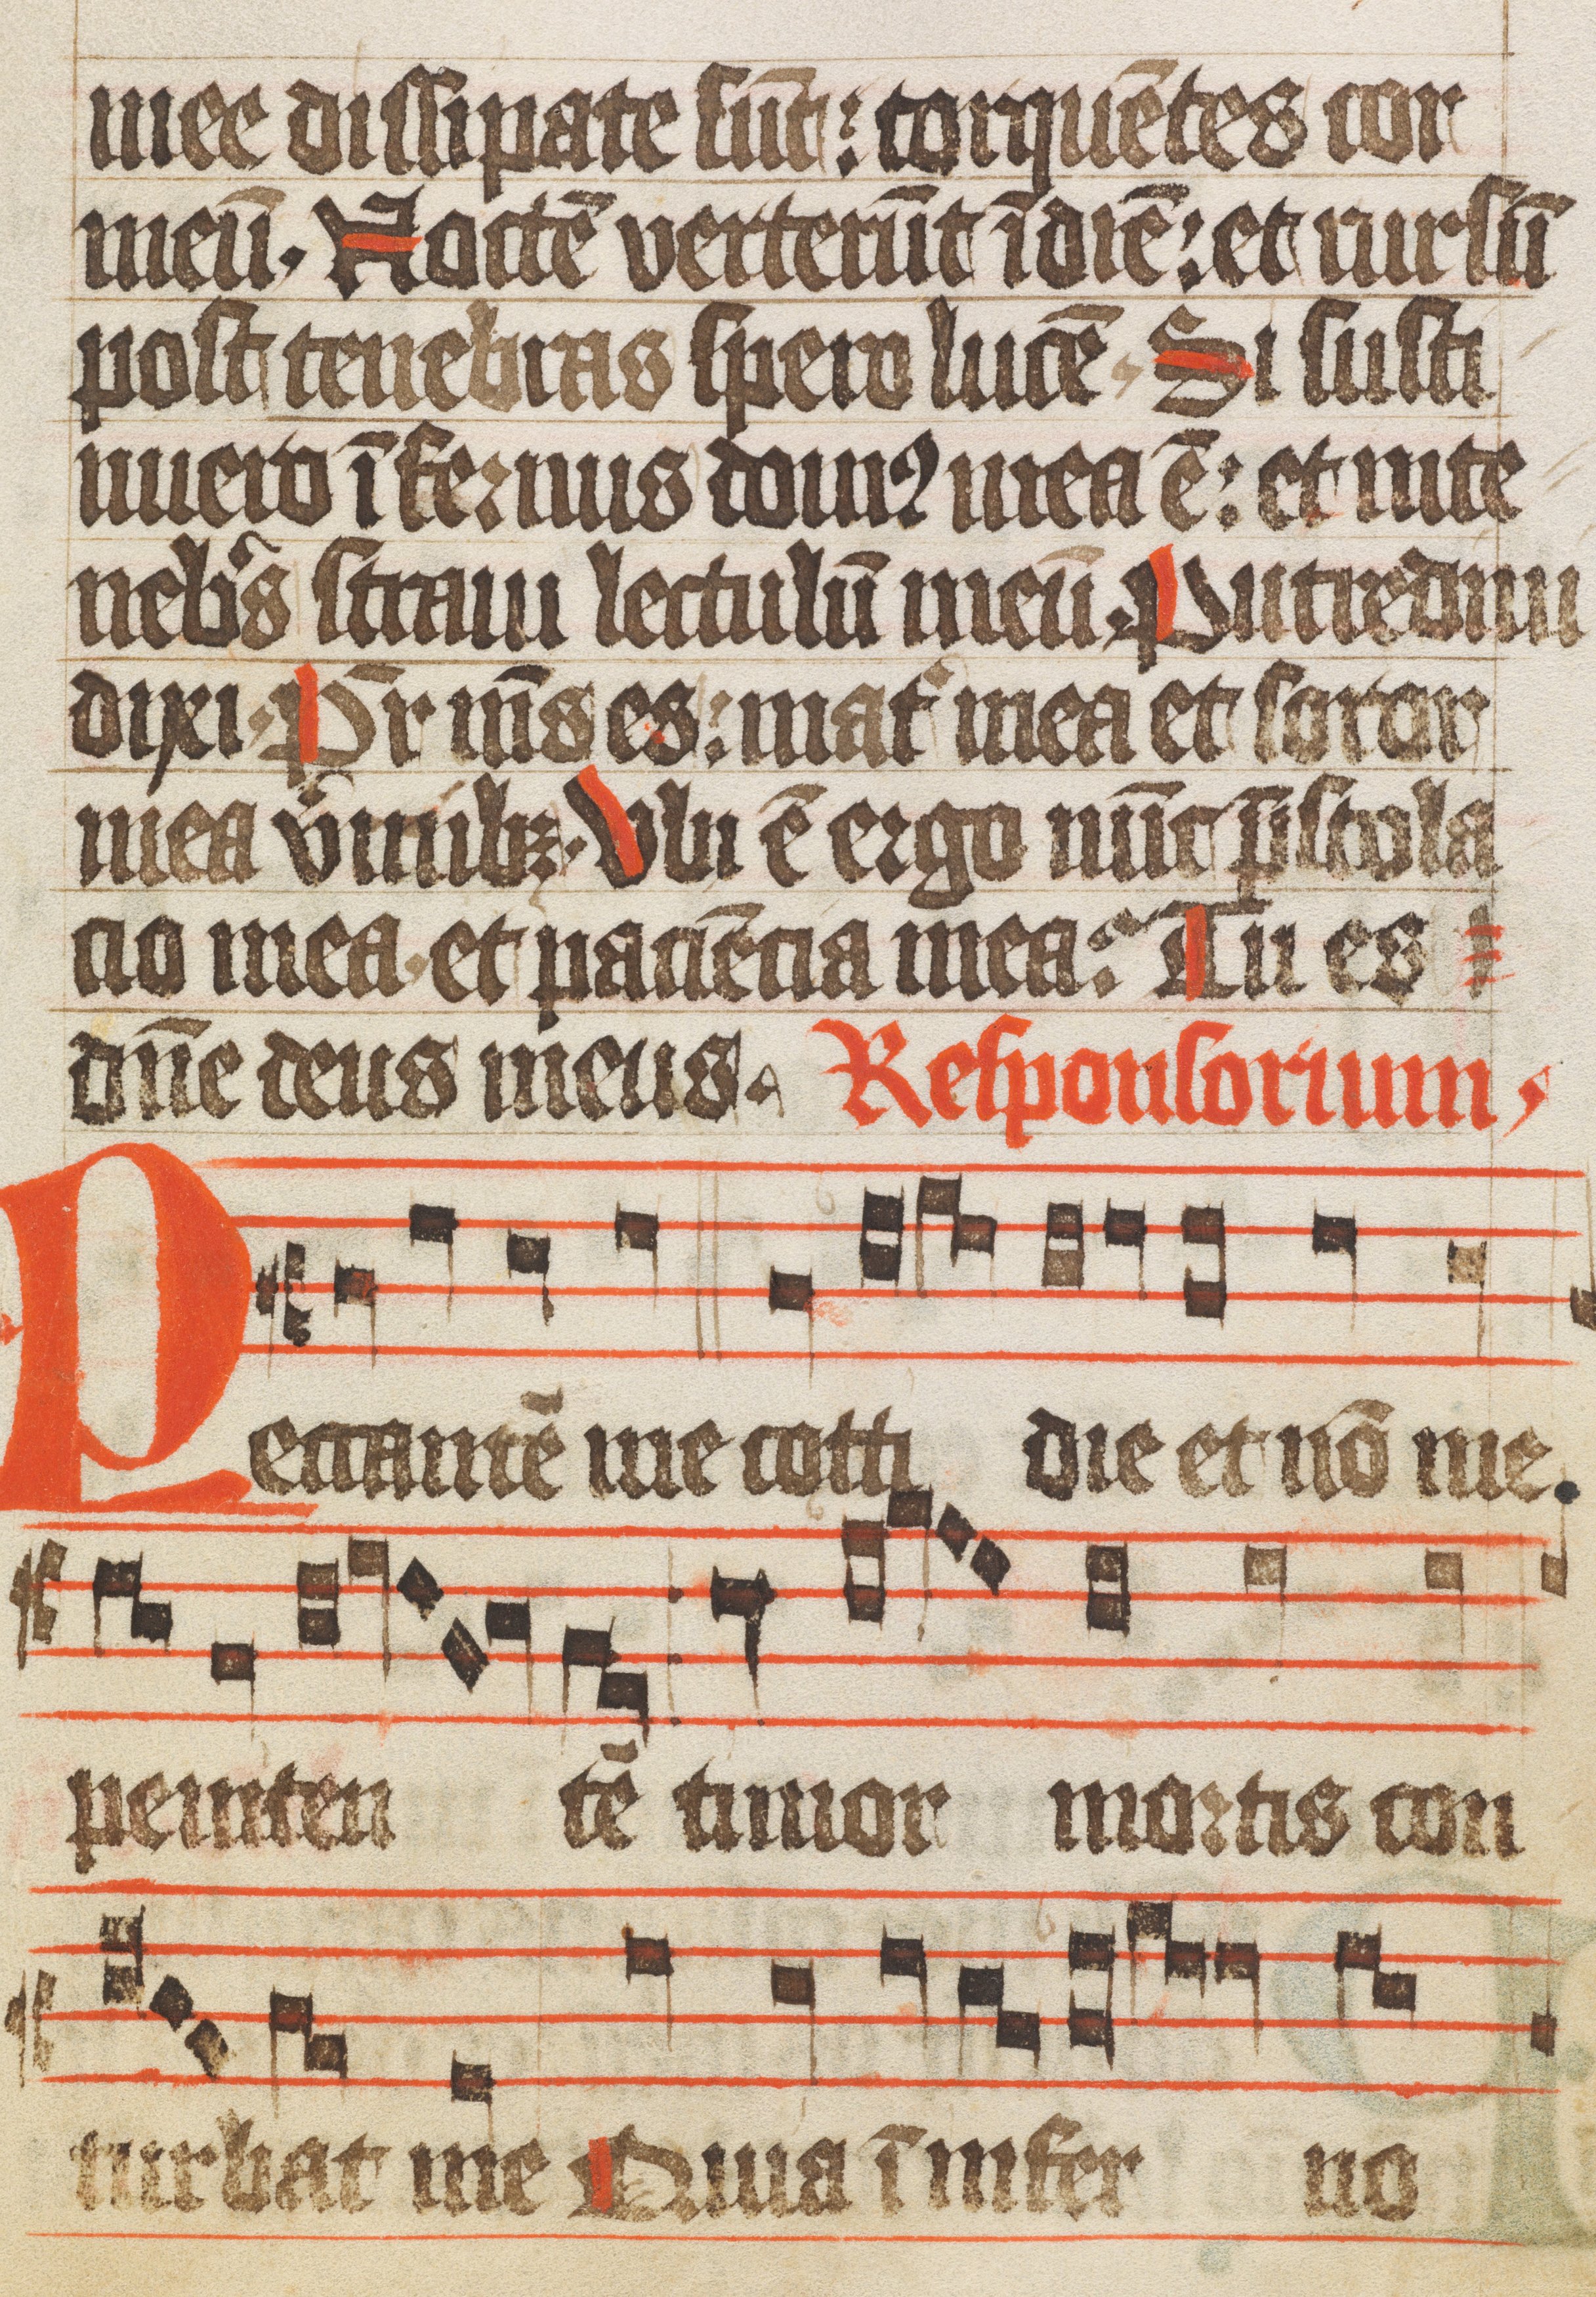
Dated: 1400–1449